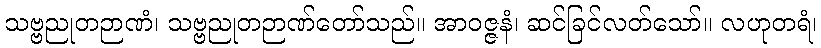
သဗ္ဗညုတဉာဏံ၊ သဗ္ဗညုတဉာဏ်တော်သည်။ အာဝဇ္ဇနံ၊ ဆင်ခြင်လတ်သော်။ လဟုတရံ၊